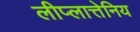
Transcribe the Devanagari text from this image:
लीप्लात्तेनिय